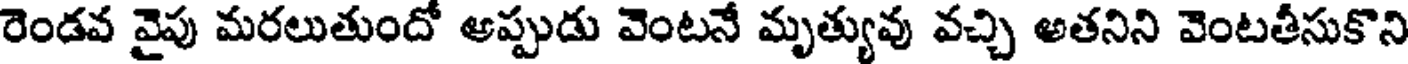
రెండవ వైపు మరలుతుందో అప్పుడు వెంటనే మృత్యువు వచ్చి అతనిని వెంటతీసుకొని